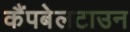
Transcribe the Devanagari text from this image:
कैंपबेलटाउन